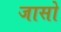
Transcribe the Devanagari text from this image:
जासो